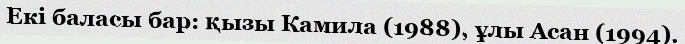
Екі баласы бар: қызы Камила (1988), ұлы Асан (1994).